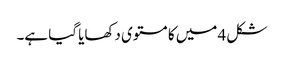
شکل 4 میں کا مستوی دکھایا گیا ہے۔